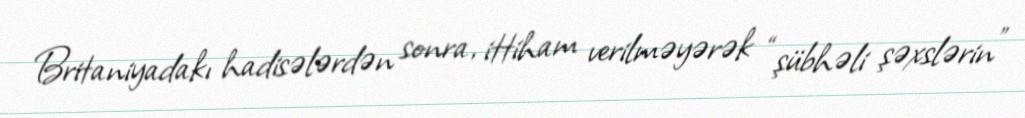
Britaniyadakı hadisələrdən sonra, ittiham verilməyərək “şübhəli şəxslərin”